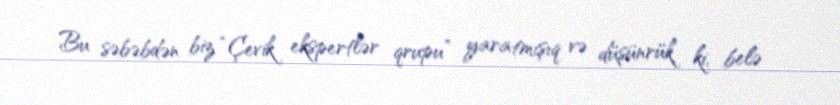
Bu səbəbdən biz “Çevik ekspertlər qrupu” yaratmışıq və düşünrük ki, belə